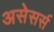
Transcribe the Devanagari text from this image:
असेसर्स